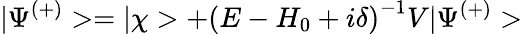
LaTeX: |\Psi^{(+)}>=|\chi>+\left(E-H_{0}+i\delta\right)^{-1}V|\Psi^{(+)}>\;